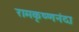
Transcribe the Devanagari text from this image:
रामकृष्णनंदा